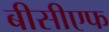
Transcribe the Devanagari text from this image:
बीसीएफ